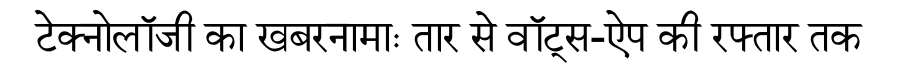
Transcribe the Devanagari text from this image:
टेक्‍नोलॉजी का खबरनामाः तार से वॉट्स-ऐप की रफ्तार तक